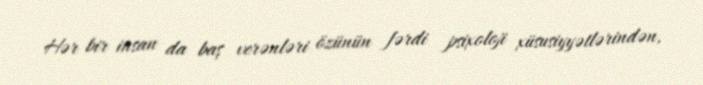
Hər bir insan da baş verənləri özünün fərdi psixoloji xüsusiyyətlərindən,